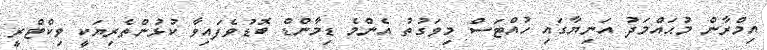
އިމްރާން މުޙައްމަދު އަނިޔާގައި ހުއްޓަސް މިވަގުތު އެންމެ ޑިމާންޑް ބޮޑުވެފައިވާ ކުޅުންތެރިޔަކީ ވިކްޓްރީ